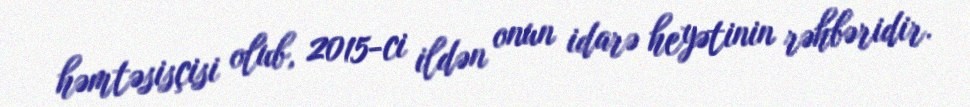
həmtəsisçisi olub, 2015-ci ildən onun idarə heyətinin rəhbəridir.